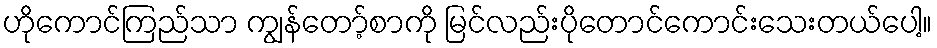
ဟိုကောင်ကြည်သာ ကျွန်တော့်စာကို မြင်လည်းပိုတောင်ကောင်းသေးတယ်ပေါ့။